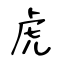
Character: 虎